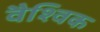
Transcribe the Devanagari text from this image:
वैश्‍िवक